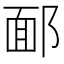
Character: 𨜧